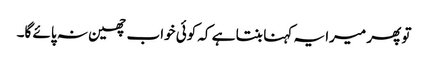
تو پھر میرا یہ کہنا بنتا ہے کہ کوئی خواب چھین نہ پائے گا۔